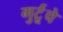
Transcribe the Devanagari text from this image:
गुर्टूंचे